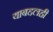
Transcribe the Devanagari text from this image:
याबद्दलही